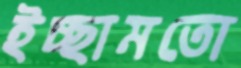
ইচ্ছামতো